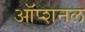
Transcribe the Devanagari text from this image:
ऑप्शनल